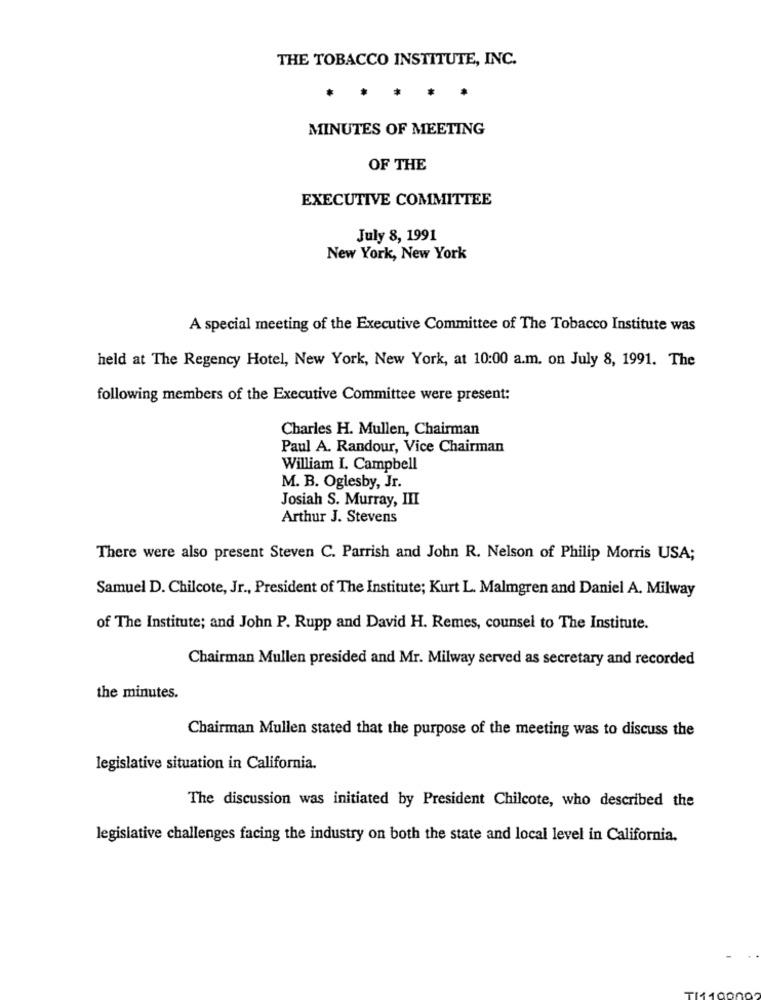
THE TOBACCO INSTITUTE, INC.
MINUTES OF MEETING
OF THE
EXECUTIVE COMMITTEE
July 8, 1991
New York, New York
A special meeting of the Executive Committee of The Tobacco Institute was
held at The Regency Hotel, New York, New York, at 10:00 a.m. on July 8, 1991. The
following members of the Executive Committee were present:
Charles H. Mullen, Chairman
Paul A. Randour, Vice Chairman
William I. Campbell
M. B. Oglesby, Jr.
Josiah S. Murray, III
Arthur J. Stevens
There were also present Steven C. Parrish and John R. Nelson of Philip Morris USA;
Samuel D. Chilcote, Jr ., President of The Institute; Kurt L. Malmgren and Daniel A. Milway
of The Institute; and John P. Rupp and David H. Remes, counsel to The Institute.
Chairman Mullen presided and Mr. Milway served as secretary and recorded
the minutes.
Chairman Mullen stated that the purpose of the meeting was to discuss the
legislative situation in California.
The discussion was initiated by President Chilcote, who described the
legislative challenges facing the industry on both the state and local level in California.